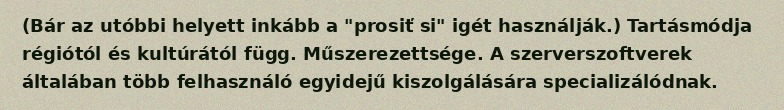
(Bár az utóbbi helyett inkább a "prosiť si" igét használják.) Tartásmódja régiótól és kultúrától függ. Műszerezettsége. A szerverszoftverek általában több felhasználó egyidejű kiszolgálására specializálódnak.